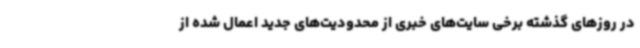
در روزهای گذشته برخی سایت‌های خبری از محدودیت‌های جدید اعمال شده از